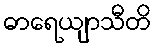
ဓာရေယျာသီတိ